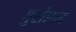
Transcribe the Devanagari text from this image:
गुरोरन्यं